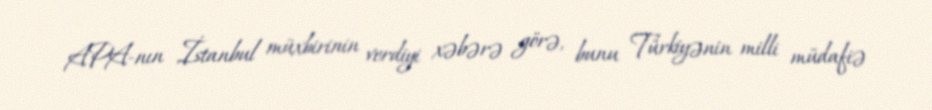
APA-nın İstanbul müxbirinin verdiyi xəbərə görə, bunu Türkiyənin milli müdafiə